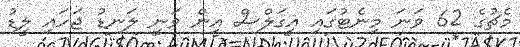
މެޗުގެ 62 ވަނަ މިނެޓުގައި އީގަލްސް އިން ވަނީ ލަނޑު ޖަހައި ލީޑު